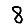
Digit: 8